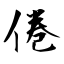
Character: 倦